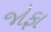
જોફા